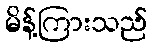
မိန့်ကြားသည်